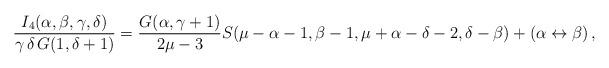
LaTeX: \begin{align*}\frac{I_4(\alpha,\beta,\gamma,\delta)}{\gamma\,\delta\, G(1,\delta+1)}=\frac{G(\alpha,\gamma+1)}{2\mu-3}S(\mu-\alpha-1,\beta-1,\mu+\alpha-\delta-2,\delta-\beta)+(\alpha\leftrightarrow\beta)\,,\end{align*}